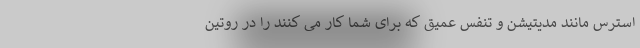
استرس مانند مدیتیشن و تنفس عمیق که برای شما کار می کنند را در روتین